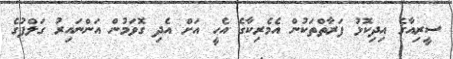
ސީރިއާގެ އިދިކޮޅު ފަރާތްތަކުން އެމެރިކާގެ އެހީ އަށް އެދި ގޮވަމުން އަންނައިރު ގަލްފުގެ